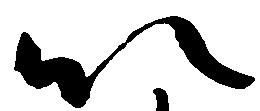
以